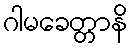
ဂါမခေတ္တာနိ